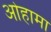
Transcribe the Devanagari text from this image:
ओहामा